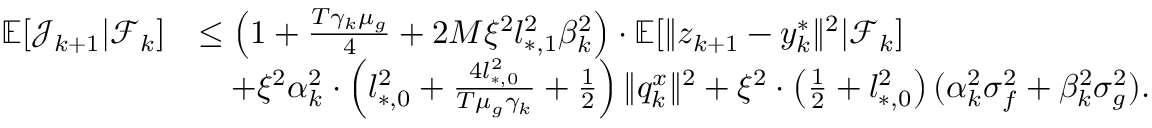
\begin{array} { r l } { \mathbb { E } [ \mathcal { J } _ { k + 1 } | \mathcal { F } _ { k } ] } & { \le \left( 1 + \frac { T \gamma _ { k } \mu _ { g } } { 4 } + 2 M \xi ^ { 2 } l _ { * , 1 } ^ { 2 } \beta _ { k } ^ { 2 } \right) \cdot \mathbb { E } [ \| z _ { k + 1 } - y _ { k } ^ { * } \| ^ { 2 } | \mathcal { F } _ { k } ] } \\ & { \quad + \xi ^ { 2 } \alpha _ { k } ^ { 2 } \cdot \left( l _ { * , 0 } ^ { 2 } + \frac { 4 l _ { * , 0 } ^ { 2 } } { T \mu _ { g } \gamma _ { k } } + \frac { 1 } { 2 } \right) \| q _ { k } ^ { x } \| ^ { 2 } + \xi ^ { 2 } \cdot \left( \frac { 1 } { 2 } + l _ { * , 0 } ^ { 2 } \right) ( \alpha _ { k } ^ { 2 } \sigma _ { f } ^ { 2 } + \beta _ { k } ^ { 2 } \sigma _ { g } ^ { 2 } ) . } \end{array}